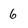
Character: 6